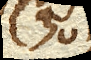
(30)